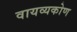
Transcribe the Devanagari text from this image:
वायव्यकोण